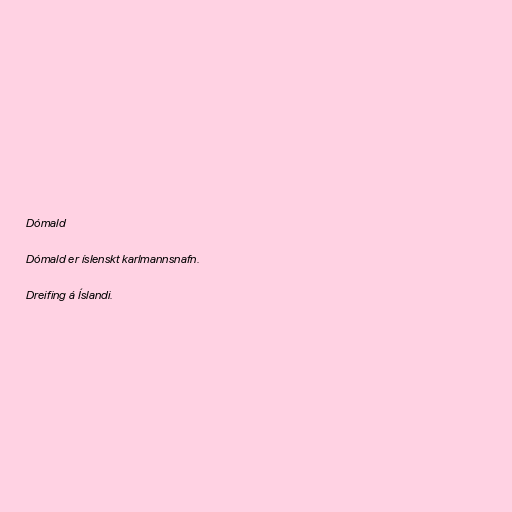
Dómald

Dómald er íslenskt karlmannsnafn.

Dreifing á Íslandi.